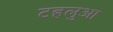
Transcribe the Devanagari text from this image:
टहलुआ